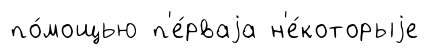
по́мощью п'е́рваjа н'е́которыjе